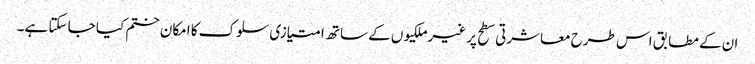
ان کے مطابق اس طرح معاشرتی سطح پر غیرملکیوں کے ساتھ امتیازی سلوک کا امکان ختم کیا جا سکتا ہے۔